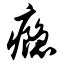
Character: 瘾